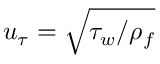
u _ { \tau } = \sqrt { \tau _ { w } / \rho _ { f } }